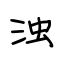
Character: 浊